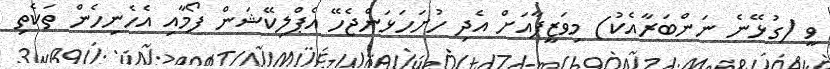
ވީ (ގުޅޭނެ ނަންބަރާއެކު) މިވަޒީފާއަށް އެދި ހުށަހަޅަންޖެހޭ އެޕްލިކޭޝަން ފޯމާއި އެހެނިހެން ތަކެތި